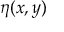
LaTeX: \eta ( x , y )